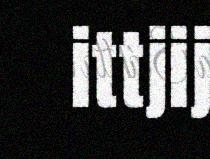
ittjij